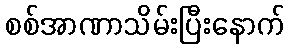
စစ်အာဏာသိမ်းပြီးနောက်